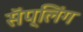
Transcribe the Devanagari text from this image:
सॅप्लिंग